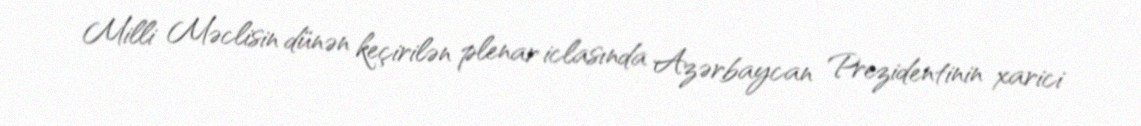
Milli Məclisin dünən keçirilən plenar iclasında Azərbaycan Prezidentinin xarici